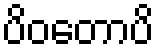
ပိဝတောပိ